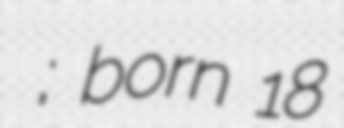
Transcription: Αντώνης Νατσούρας; born 18